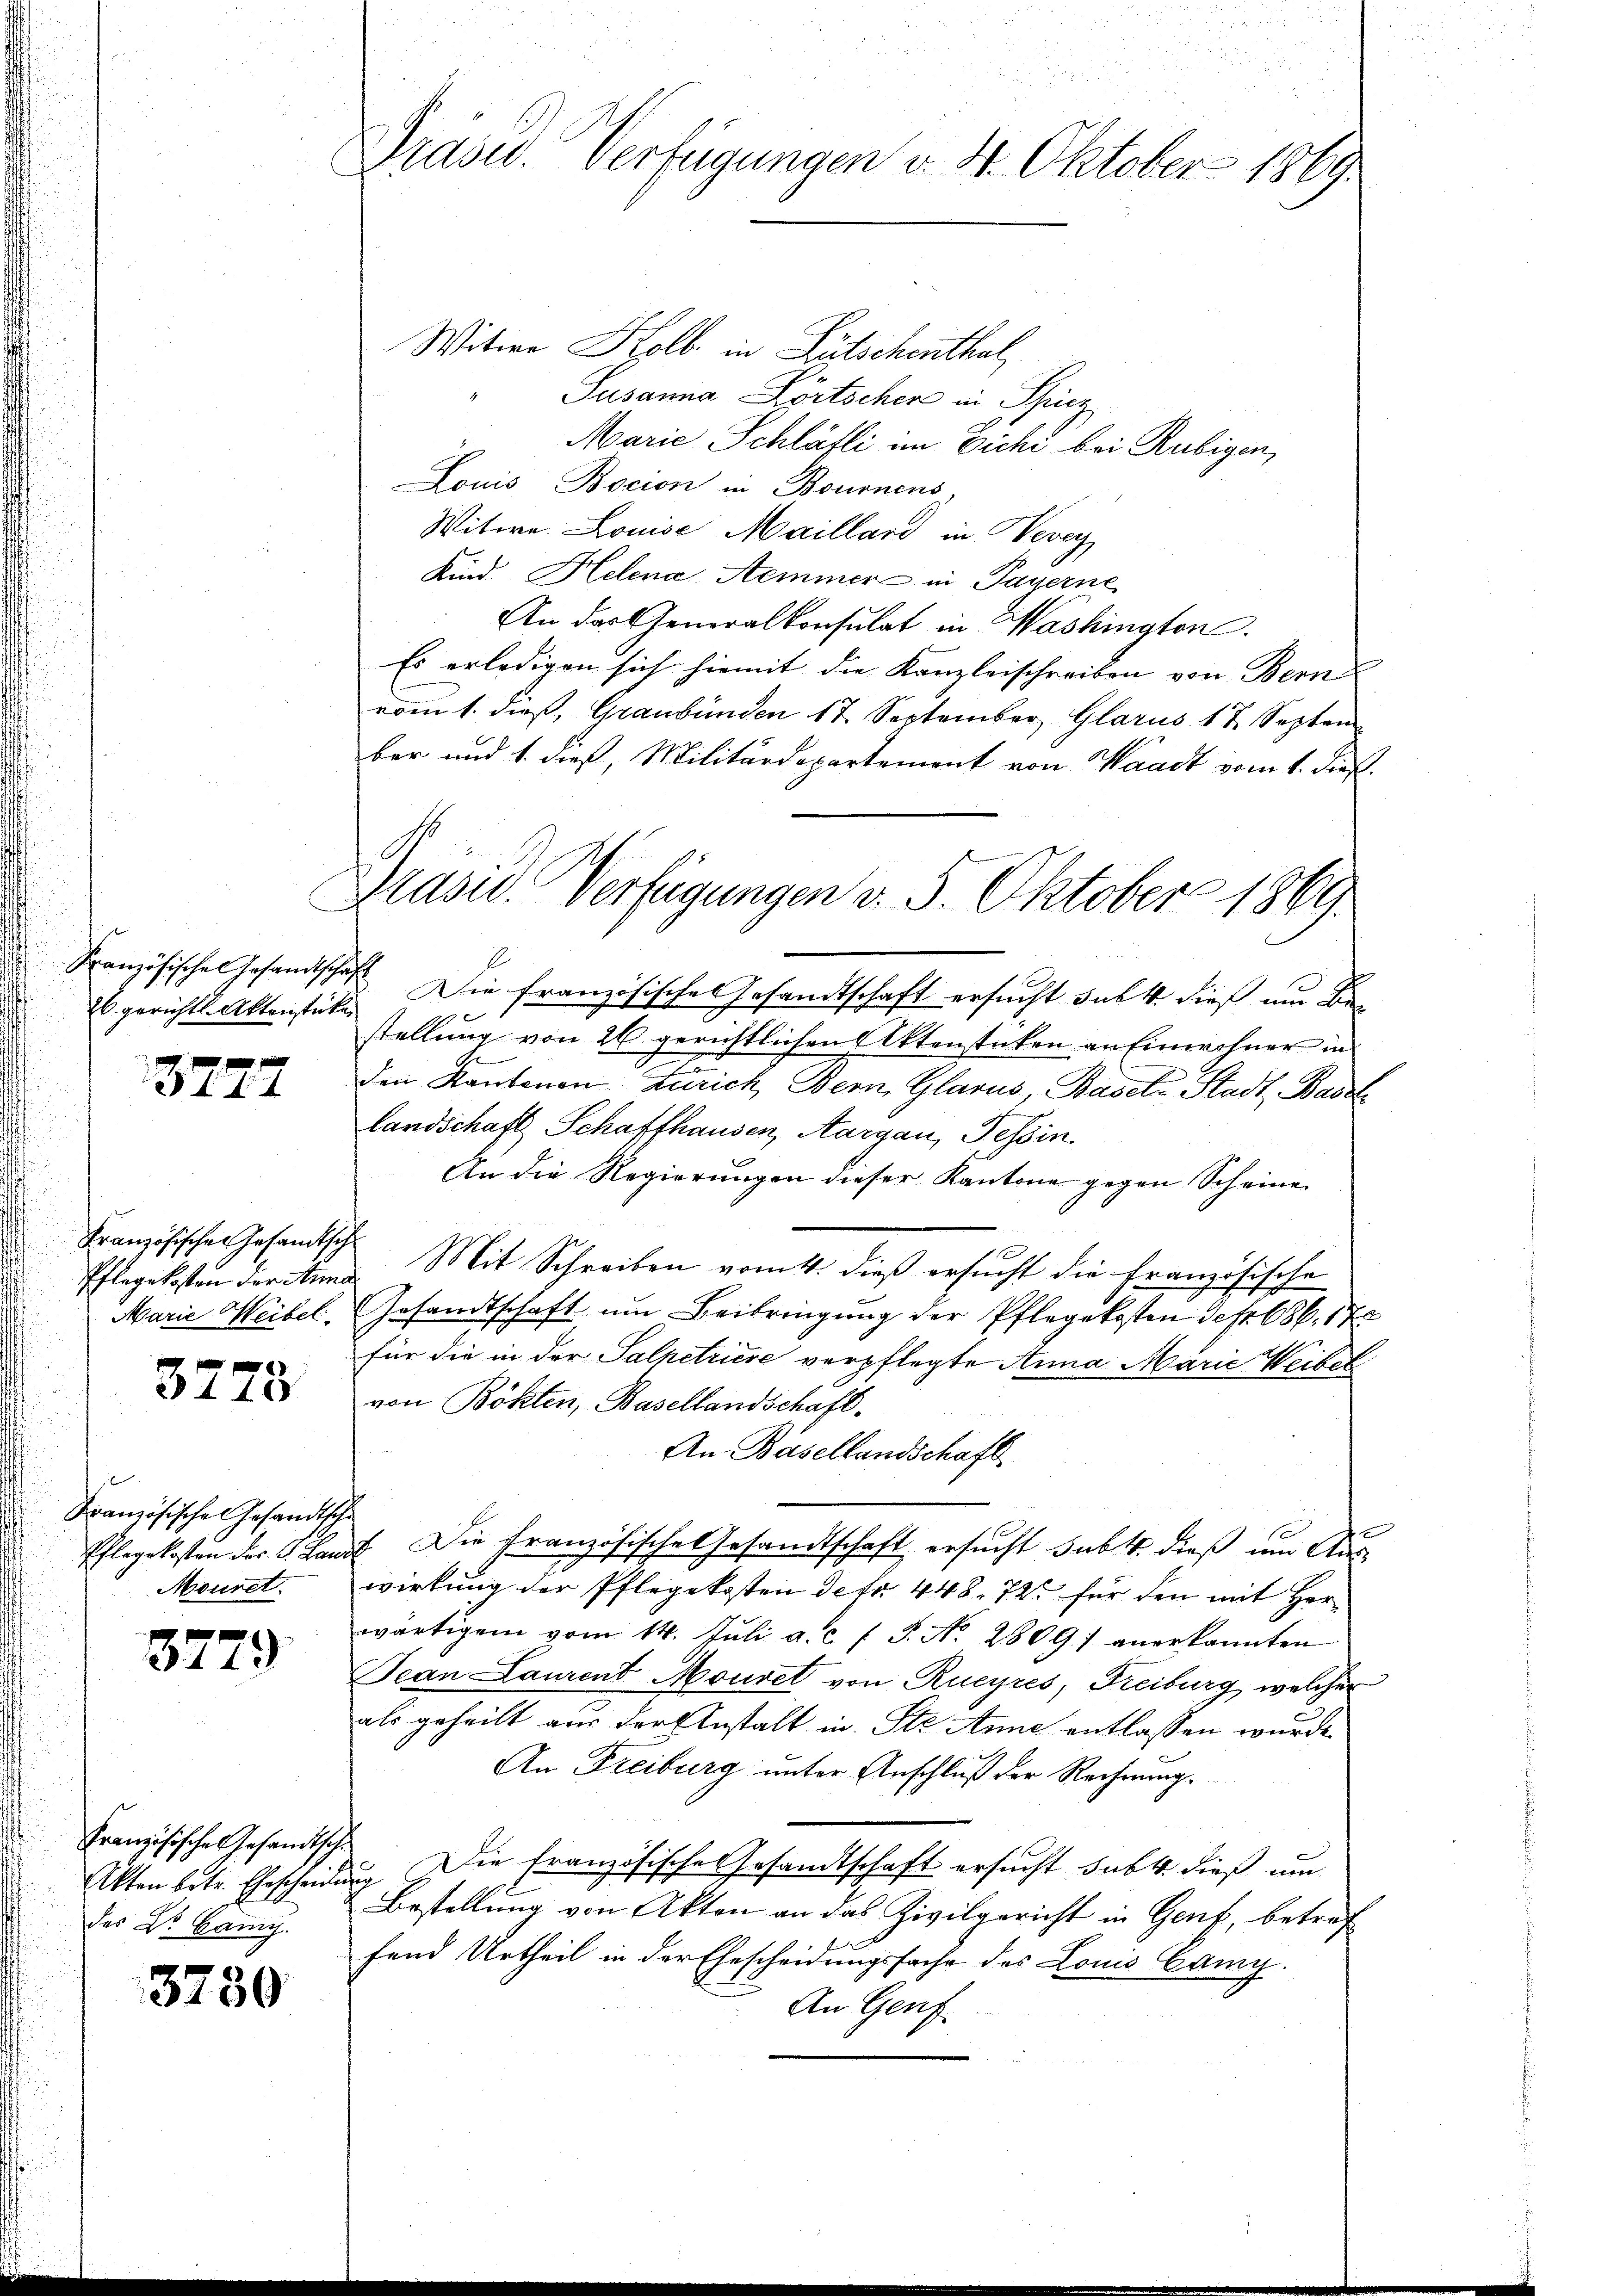
Französische Gesandtschaf
26. gerichts Aktenstücke

3727

Französischen Gesandtsch
Pflegekosten der Anna
Marie Weibel.

3778

Französische Gesandtsche
Pflegekosten der C. Land
Mouret

e
344.

Französische Gesandtsch.
Akten betr. Ehescheide
des Dr. Camy.

3730

Präsid. Verfügungen v. 4. Oktober 1869.

Witwe Kolb in Lütschenthal,
Susanna Portscher in Schinz
Marie Schläfli im Eiche bei Rubigen,
Louis Bocion in Bournens,
Witwe Louise Maillard in Vevey
Kind Helena Semmer in Payerne
An das Generalkonsulat in Washington
Es erledigen sich hiemit die Kanzleischreiben von Bern |
vom 1. dieß, Graubünden 17. September Glarus 17. Septem
ber und 1. dieß, Militärdepartement von Waadt vom 1. dieß.
 Die französisches Gesandtschaft ersucht das 4. dieß um Be-
stellung von 26 gerichtlichen Aktenstücken an Einwohner in
den Raubenen Zürich Bern, Glarus, Basel-Stadt Basel
Landschaft Schaffhausen, Aargau, Tessin
An die Regierungen dieser Kantone gegen Scheine
Mit Schreiben vom 4. dieß ersucht die Französische
Gesandtschaft um Beibringung der Pflegekosten Sefr 686. 17
für die in der Salpetriere verpflegte Anna Marie Weibel
von Bökten, Basellandschaft.
An Basellandschaft
7. Die Französische Gesandtschaft ersucht subts dieß um Auswirkung der Pflegekosten Detr 448. 72. für den mit Herwärtigem vom 14. Jŭli a. c. f. J. No. 2809) anerkannten
Jean Laurent Mouret von Rucyres, Freiburg, welcher
als geheilt aus der Anstalt in Ste Anne entlassen wurde.
An Freiburg unter Anschluß der Rechnung.
 Die Französische Gesandtschaft ersucht subt dieß um
Bestellung von Akten an das Zivilgericht in Genf, betref
fend Urtheil in der Ehescheidungssache des Louis Cany.
An Genf

Krasw. Verfügungen v. 5. Oktober 1869.